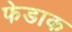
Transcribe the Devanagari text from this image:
फेडाक